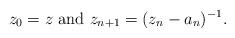
LaTeX: \begin{align*} z_0 = z \textrm{ and } z_{n + 1} = ( z_n - a_n )^{-1}. \end{align*}